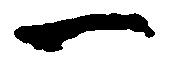
一